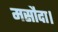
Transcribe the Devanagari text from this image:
मसौदा।